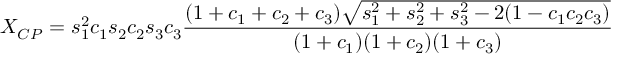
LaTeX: X _ { C P } = s _ { 1 } ^ { 2 } c _ { 1 } s _ { 2 } c _ { 2 } s _ { 3 } c _ { 3 } \frac { ( 1 + c _ { 1 } + c _ { 2 } + c _ { 3 } ) \sqrt { s _ { 1 } ^ { 2 } + s _ { 2 } ^ { 2 } + s _ { 3 } ^ { 2 } - 2 ( 1 - c _ { 1 } c _ { 2 } c _ { 3 } ) } } { ( 1 + c _ { 1 } ) ( 1 + c _ { 2 } ) ( 1 + c _ { 3 } ) }